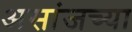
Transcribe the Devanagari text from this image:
असांजच्या